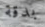
بدقة